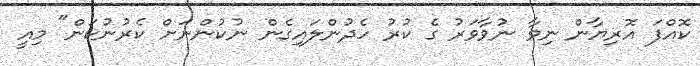
ކޮއްފަ އޮރިޔާން ނިވާ ނުވާވަރު ގެ ކުރު ހެދުންލައިގެން ނުކުންނަށް ކެރުނުކަން" މިއީ